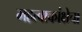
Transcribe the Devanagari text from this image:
महत्वाकांक्षेचा